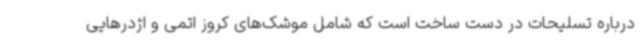
درباره تسلیحات در دست ساخت است که شامل موشک‌های کروز اتمی و اژدرهایی